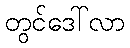
တွင်ဒေါ်လာ